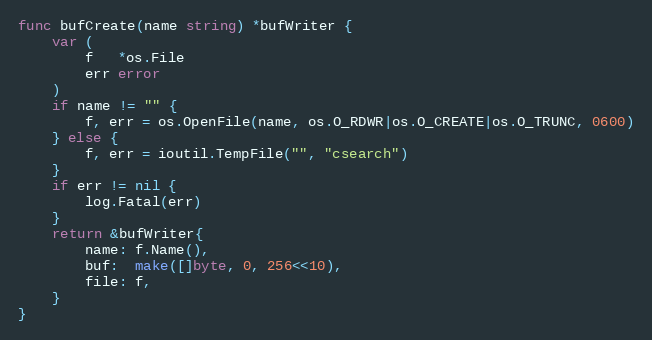
Language: Go
func bufCreate(name string) *bufWriter {
	var (
		f   *os.File
		err error
	)
	if name != "" {
		f, err = os.OpenFile(name, os.O_RDWR|os.O_CREATE|os.O_TRUNC, 0600)
	} else {
		f, err = ioutil.TempFile("", "csearch")
	}
	if err != nil {
		log.Fatal(err)
	}
	return &bufWriter{
		name: f.Name(),
		buf:  make([]byte, 0, 256<<10),
		file: f,
	}
}